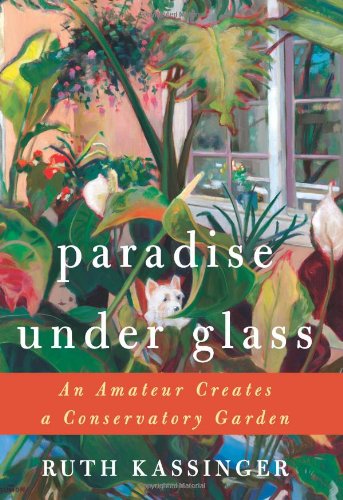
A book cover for Paradise Under Glass: An Amateur Creates a Conservatory Garden; Ruth Kassinger; Crafts, Hobbies & Home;